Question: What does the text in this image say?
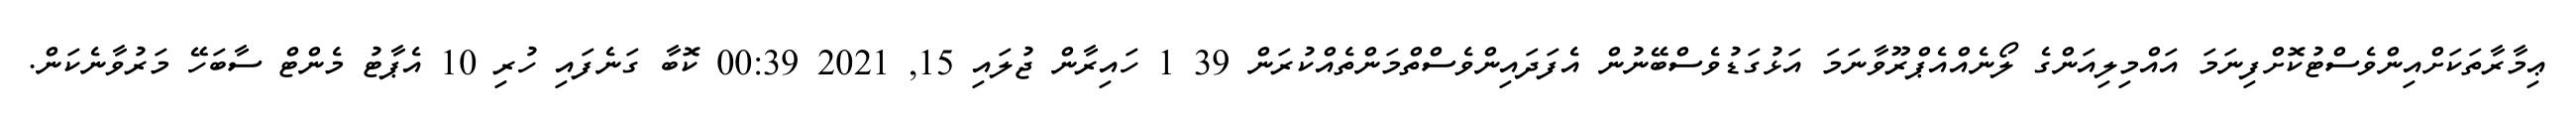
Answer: ޢިމާރާތަކަށްއިންވެސްޓުކޮށްފިނަމަ އައްމިލިއަންގެ ލޯނެއްއެޕްރޫވާނަމަ އަޅުގަޑުވެސްބޭނުން އެފަދައިންވެސްތްމަންތެއްކުރަން 39 1 ހައިރާން ޖުލައި 15, 2021 00:39 ކޮބާ ގަނެފައި ހުރި 10 އެޕާޓު މެންޓް ސާބަހޭ މަރުވާނެކަން.